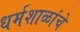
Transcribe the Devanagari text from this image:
धर्मशाळांचे